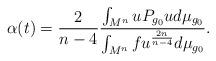
LaTeX: \begin{align*}\alpha(t)=\frac{2}{n-4}\frac{\int_{M^n}uP_{g_0}u d\mu_{g_0}}{\int_{M^n}fu^{2n \over n-4}d \mu_{g_0}}.\end{align*}